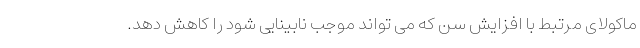
ماکولای مرتبط با افزایش سن که می تواند موجب نابینایی شود را کاهش دهد.